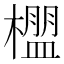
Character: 𬄳